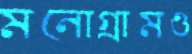
মনোগ্রামও